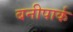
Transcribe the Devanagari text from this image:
बनीपार्क